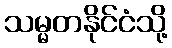
သမ္မတနိုင်ငံသို့